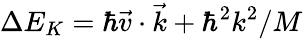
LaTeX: \Delta E_{K}=\hbar\vec{v}\cdot\vec{k}+\hbar^{2}k^{2}/M